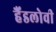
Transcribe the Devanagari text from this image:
हैंडलोवी